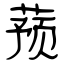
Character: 蓣